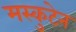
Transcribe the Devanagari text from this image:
मस्कुटेन